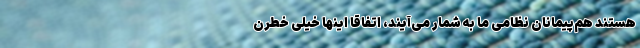
هستند هم‌پیمانان نظامی ما به شمار می‌آیند، اتفاقا اینها خیلی خطرن